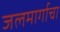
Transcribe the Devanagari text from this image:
जलमार्गाचा